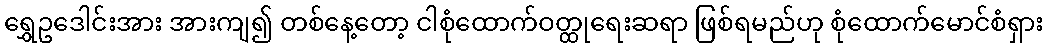
ရွှေဥဒေါင်းအား အားကျ၍ တစ်နေ့တော့ ငါစုံထောက်ဝတ္ထုရေးဆရာ ဖြစ်ရမည်ဟု စုံထောက်မောင်စံရှား